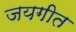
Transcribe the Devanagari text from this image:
जयगीत